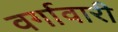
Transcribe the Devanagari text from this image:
वर्गावारी